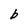
Character: b